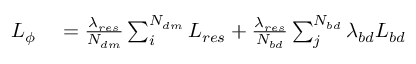
\begin{array} { r l } { L _ { \phi } } & { { } = \frac { \lambda _ { r e s } } { N _ { d m } } \sum _ { i } ^ { N _ { d m } } L _ { r e s } + \frac { \lambda _ { r e s } } { N _ { b d } } \sum _ { j } ^ { N _ { b d } } \lambda _ { b d } L _ { b d } } \end{array}